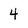
Character: 4